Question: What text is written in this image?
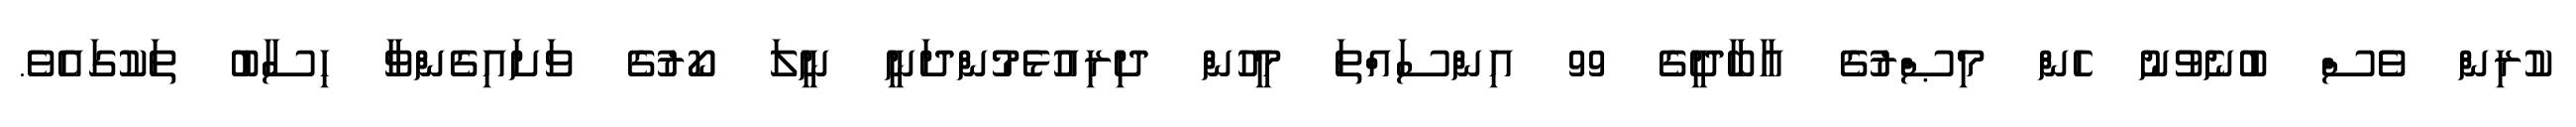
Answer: ކުރިން ވެސް ބުނެވުނު ހެން މިޞްރުގެ އާބާދީގެ 99 އިންސައްތަ މީހުން ދިރިއުޅެމުންދަނީ ނީލަ ކޯރުގެ ވަށައިގެންވާ ހިސާބު ތަކުގައެވެ.